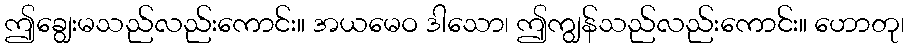
ဤချွေးမသည်လည်းကောင်း။ အယမေဝ ဒါသော၊ ဤကျွန်သည်လည်းကောင်း။ ဟောတု၊